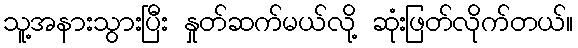
သူ့အနားသွားပြီး နှုတ်ဆက်မယ်လို့ ဆုံးဖြတ်လိုက်တယ်။